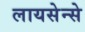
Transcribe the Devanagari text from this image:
लायसेन्से